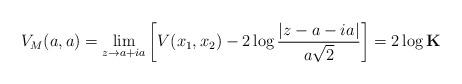
LaTeX: \begin{align*}V_{M}(a,a)=\underset{ z \rightarrow a+ia}{\lim}\left[ V(x_{1},x_{2})-2\log \dfrac{\vert z-a-ia\vert}{a\sqrt{2}}\right] =2\log \mathbf{K}\end{align*}